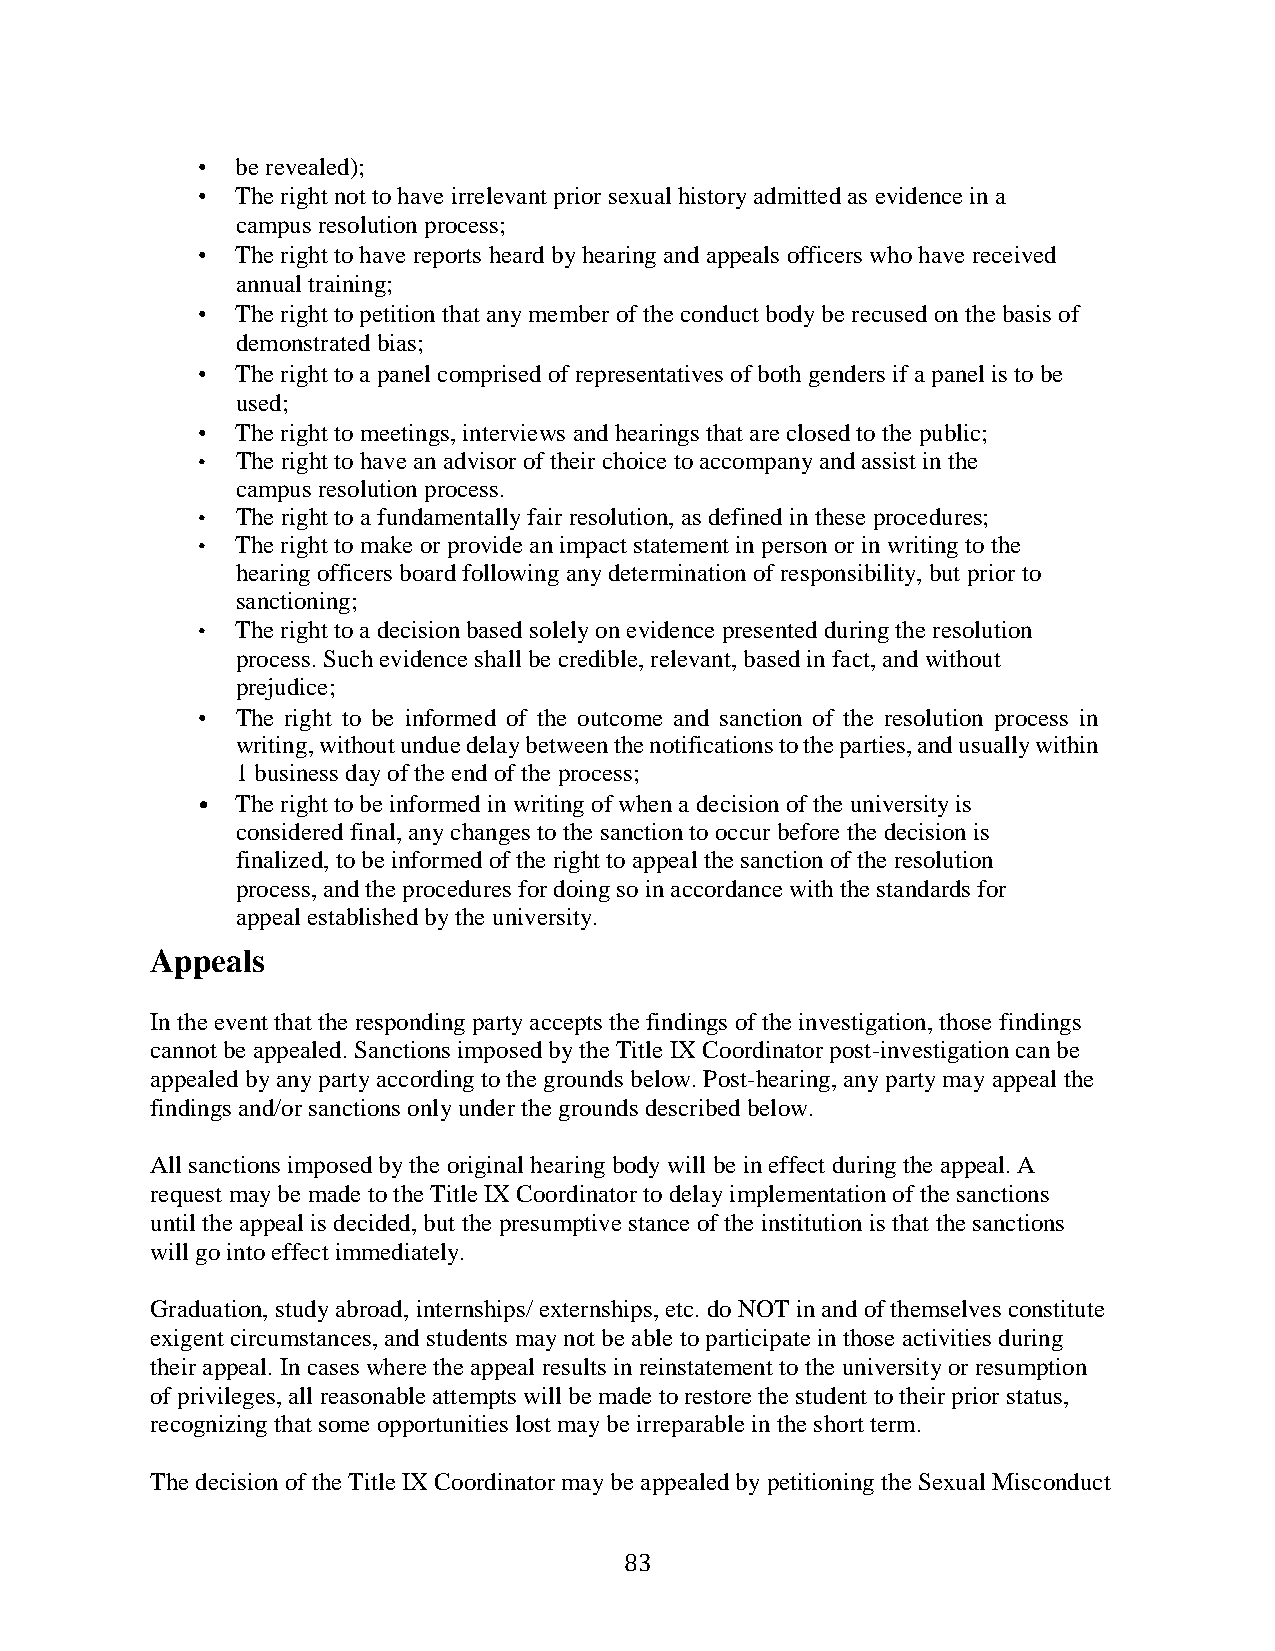
•  be revealed);
 •  The right not to have irrelevant prior sexual history admitted as evidence in a
 campus resolution process;
 •  The right to have reports heard by hearing and appeals officers who have received
 annual training;
 •  The right to petition that any member of the conduct body be recused on the basis of
 demonstrated bias;
 •  The right to a panel comprised of representatives of both genders if a panel is to be
 used;
 •  The right to meetings, interviews and hearings that are closed to the public;
 •  The right to have an advisor of their choice to accompany and assist in the
 campus resolution process.
 •  The right to a fundamentally fair resolution, as defined in these procedures;
 •  The right to make or provide an impact statement in person or in writing to the
 hearing officers board following any determination of responsibility, but prior to
 sanctioning;
 •  The right to a decision based solely on evidence presented during the resolution
 process. Such evidence shall be credible, relevant, based in fact, and without
 prejudice;
 •  The right to be informed of the outcome and sanction of the resolution process in
 writing, without undue delay between the notifications to the parties, and usually within
 1 business day of the end of the process;
 •  The right to be informed in writing of when a decision of the university is
 considered final, any changes to the sanction to occur before the decision is
 finalized, to be informed of the right to appeal the sanction of the resolution
 process, and the procedures for doing so in accordance with the standards for
 appeal established by the university.
 Appeals
 In the event that the responding party accepts the findings of the investigation, those findings
 cannot be appealed. Sanctions imposed by the Title IX Coordinator post-investigation can be
 appealed by any party according to the grounds below. Post-hearing, any party may appeal the
 findings and/or sanctions only under the grounds described below.
 All sanctions imposed by the original hearing body will be in effect during the appeal. A
 request may be made to the Title IX Coordinator to delay implementation of the sanctions
 until the appeal is decided, but the presumptive stance of the institution is that the sanctions
 will go into effect immediately.
 Graduation, study abroad, internships/ externships, etc. do NOT in and of themselves constitute
 exigent circumstances, and students may not be able to participate in those activities during
 their appeal. In cases where the appeal results in reinstatement to the university or resumption
 of privileges, all reasonable attempts will be made to restore the student to their prior status,
 recognizing that some opportunities lost may be irreparable in the short term.
 The decision of the Title IX Coordinator may be appealed by petitioning the Sexual Misconduct
 83